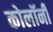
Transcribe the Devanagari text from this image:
कोलॉनी